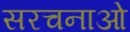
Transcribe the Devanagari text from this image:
सरचनाओ